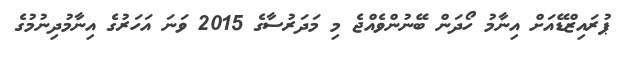
ޕުރައިޒްޑޭއަށް އިނާމު ހޯދަން ބޭނުންވެއްޖެ މި މަދަރުސާގެ 2015 ވަނަ އަހަރުގެ އިނާމުދިނުމުގެ